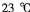
│选项│装置甲│装置乙│